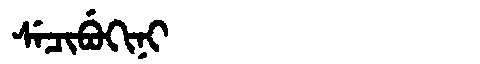
Manchu: ᠰᡝᠴᡳᠪᡠᡴᡳᠨᡳ
Romanization: SECIBUKINI